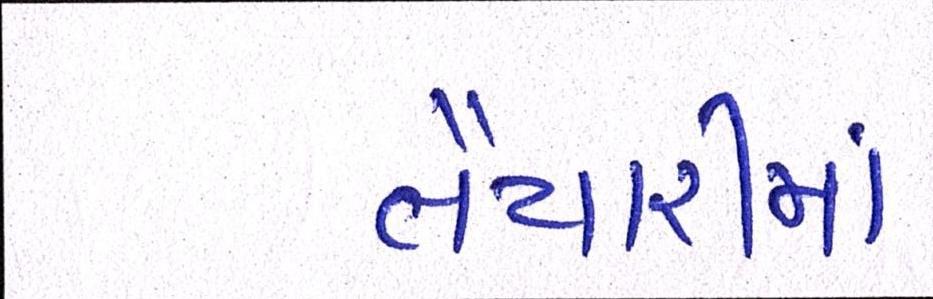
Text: તૈયારીમાં